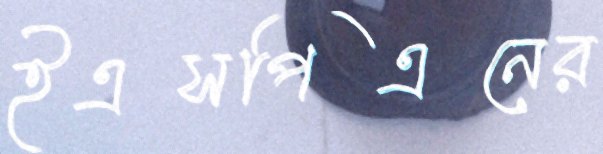
ইএসপিএনের